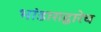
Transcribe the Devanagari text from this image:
भांडाराद्वारेच